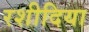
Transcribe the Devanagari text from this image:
रशीदिया